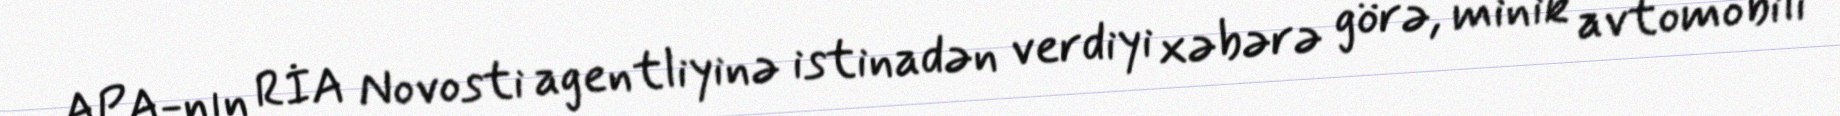
APA-nın RİA Novosti agentliyinə istinadən verdiyi xəbərə görə, minik avtomobili